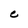
Character: C